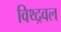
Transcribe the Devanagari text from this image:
विथ्द्रवल